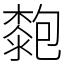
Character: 㯡